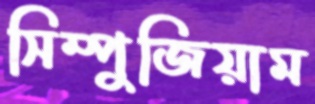
সিম্পুজিয়াম